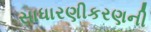
સાધારણીકરણની